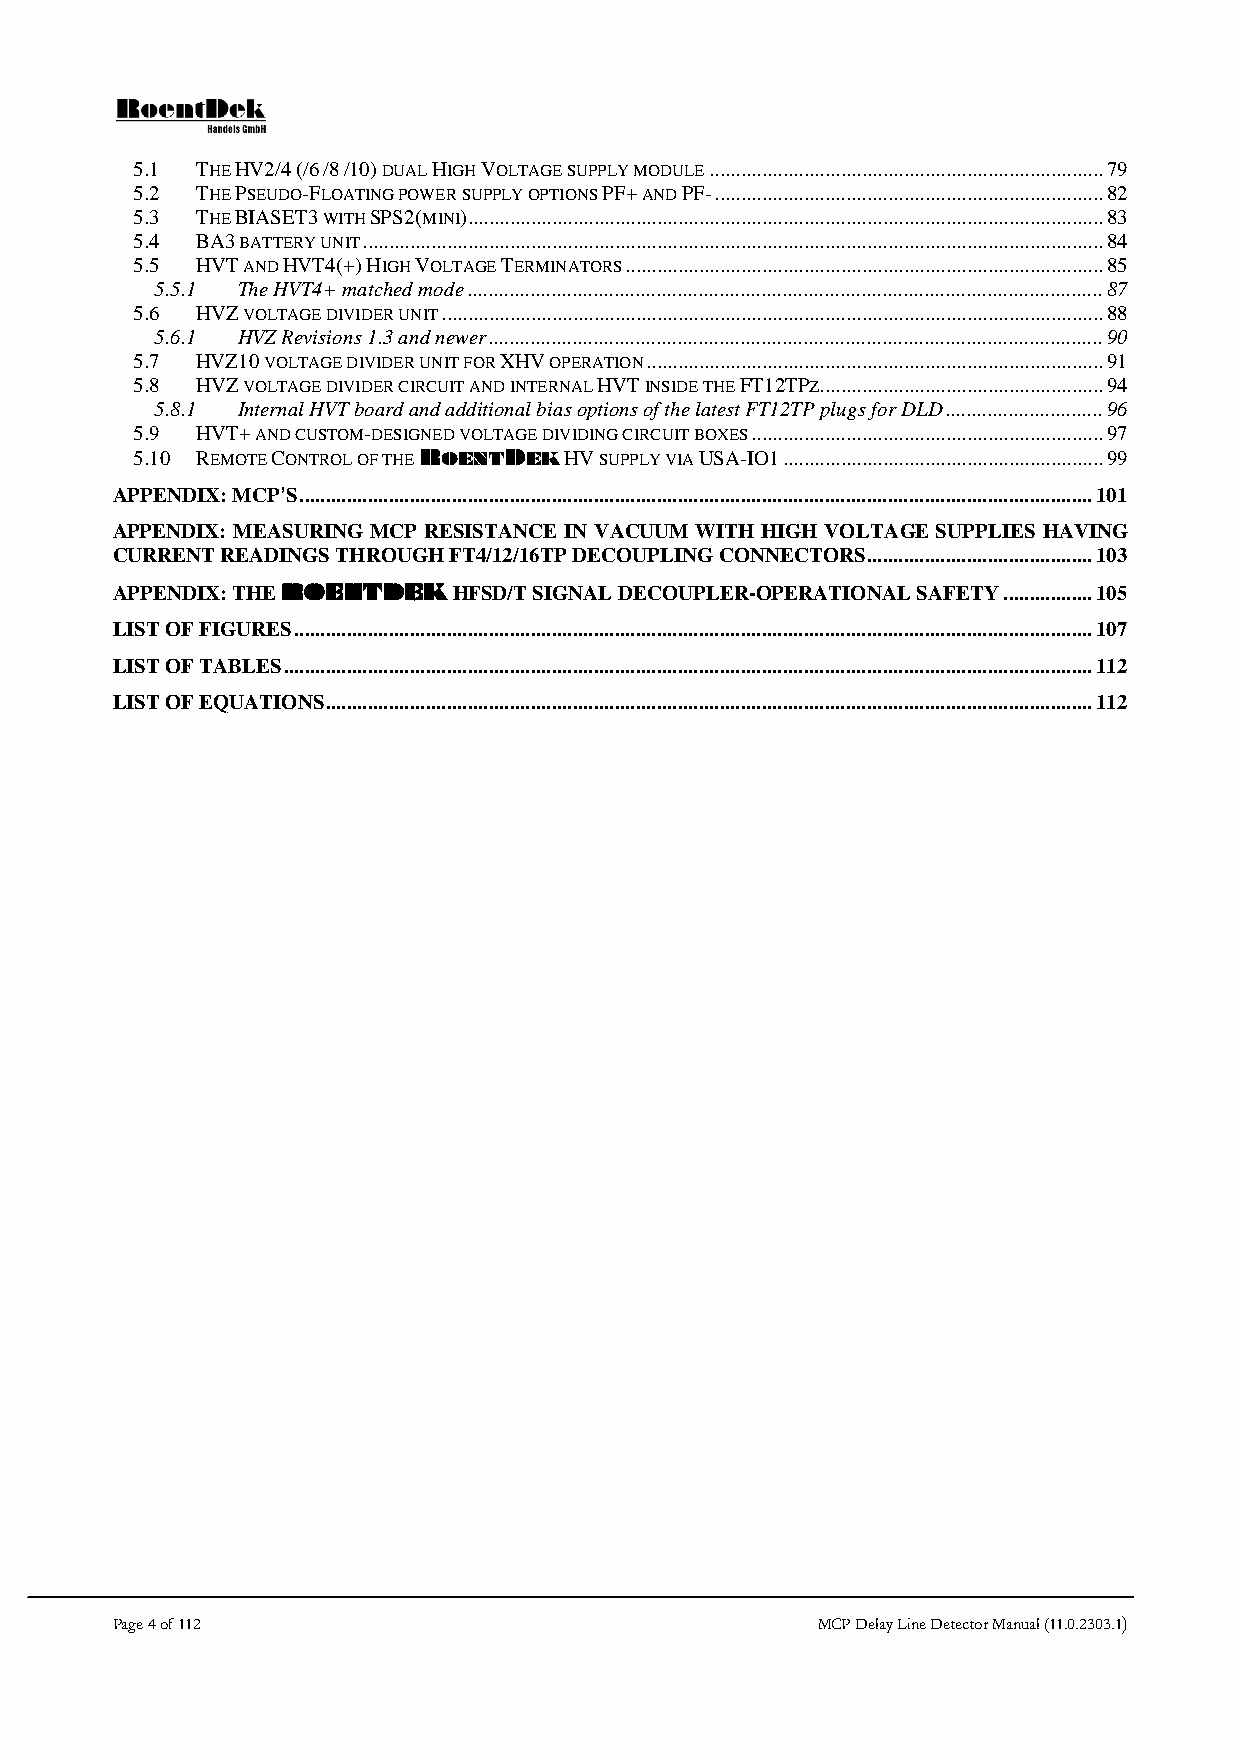
5.1 THE HV2/4 (/6 /8 /10) DUAL HIGH VOLTAGE SUPPLY MODULE ........................................................................... 79
 5.2 THE PSEUDO-FLOATING POWER SUPPLY OPTIONS PF+ AND PF- .......................................................................... 82
 5.3 THE BIASET3 WITH SPS2(MINI) ......................................................................................................................... 83
 5.4 BA3 BATTERY UNIT ............................................................................................................................................. 84
 5.5 HVT AND HVT4(+) HIGH VOLTAGE TERMINATORS ........................................................................................... 85
 5.5.1 The HVT4+ matched mode ......................................................................................................................... 87
 5.6 HVZ VOLTAGE DIVIDER UNIT .............................................................................................................................. 88
 5.6.1 HVZ Revisions 1.3 and newer ..................................................................................................................... 90
 5.7 HVZ10 VOLTAGE DIVIDER UNIT FOR XHV OPERATION ....................................................................................... 91
 5.8 HVZ VOLTAGE DIVIDER CIRCUIT AND INTERNAL HVT INSIDE THE FT12TPZ...................................................... 94
 5.8.1 Internal HVT board and additional bias options of the latest FT12TP plugs for DLD .............................. 96
 5.9 HVT+ AND CUSTOM-DESIGNED VOLTAGE DIVIDING CIRCUIT BOXES ................................................................... 97
 5.10 REMOTE CONTROL OF THE ROENTDEK HV SUPPLY VIA USA-IO1 ............................................................. 99
 APPENDIX: MCP’S ....................................................................................................................................................... 101
 APPENDIX: MEASURING MCP RESISTANCE IN VACUUM WITH HIGH VOLTAGE SUPPLIES HAVING
 CURRENT READINGS THROUGH FT4/12/16TP DECOUPLING CONNECTORS ........................................... 103
 APPENDIX: THE ROENTDEK HFSD/T SIGNAL DECOUPLER-OPERATIONAL SAFETY ................. 105
 LIST OF FIGURES ........................................................................................................................................................ 107
 LIST OF TABLES .......................................................................................................................................................... 112
 LIST OF EQUATIONS .................................................................................................................................................. 112
 Page 4 of 112                                  MCP Delay Line Detector Manual (11.0.2303.1)